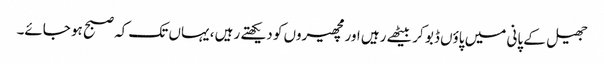
جھیل کے پانی میں پاؤں ڈبو کر بیٹھے رہیں اور مچھیروں کو دیکھتے رہیں ، یہاں تک کہ صبح ہو جائے۔